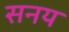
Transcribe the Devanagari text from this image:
सनय